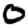
Digit: 0